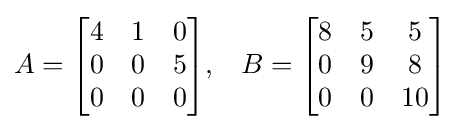
A={\begin{bmatrix}4&1&0\\0&0&5\\0&0&0\end{bmatrix}},\;\;\;B={\begin{bmatrix}8&5&5\\0&9&8\\0&0&10\end{bmatrix}}